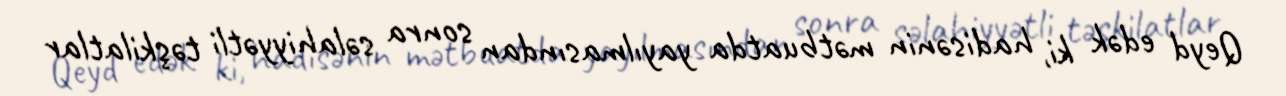
Qeyd edək ki, hadisənin mətbuatda yayılmasından sonra səlahiyyətli təşkilatlar